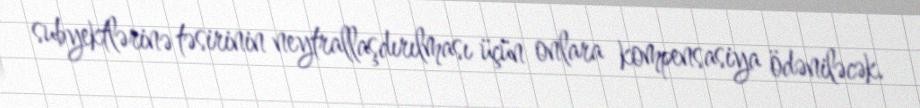
subyektlərinə təsirinin neytrallaşdırılması üçün onlara kompensasiya ödəniləcək.